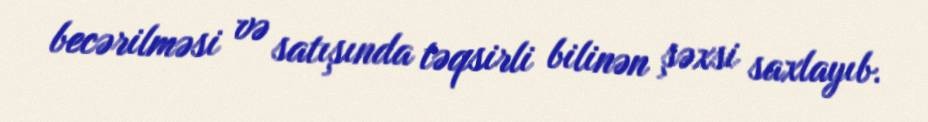
becərilməsi və satışında təqsirli bilinən şəxsi saxlayıb.